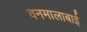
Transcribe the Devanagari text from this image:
वनमालाबाई